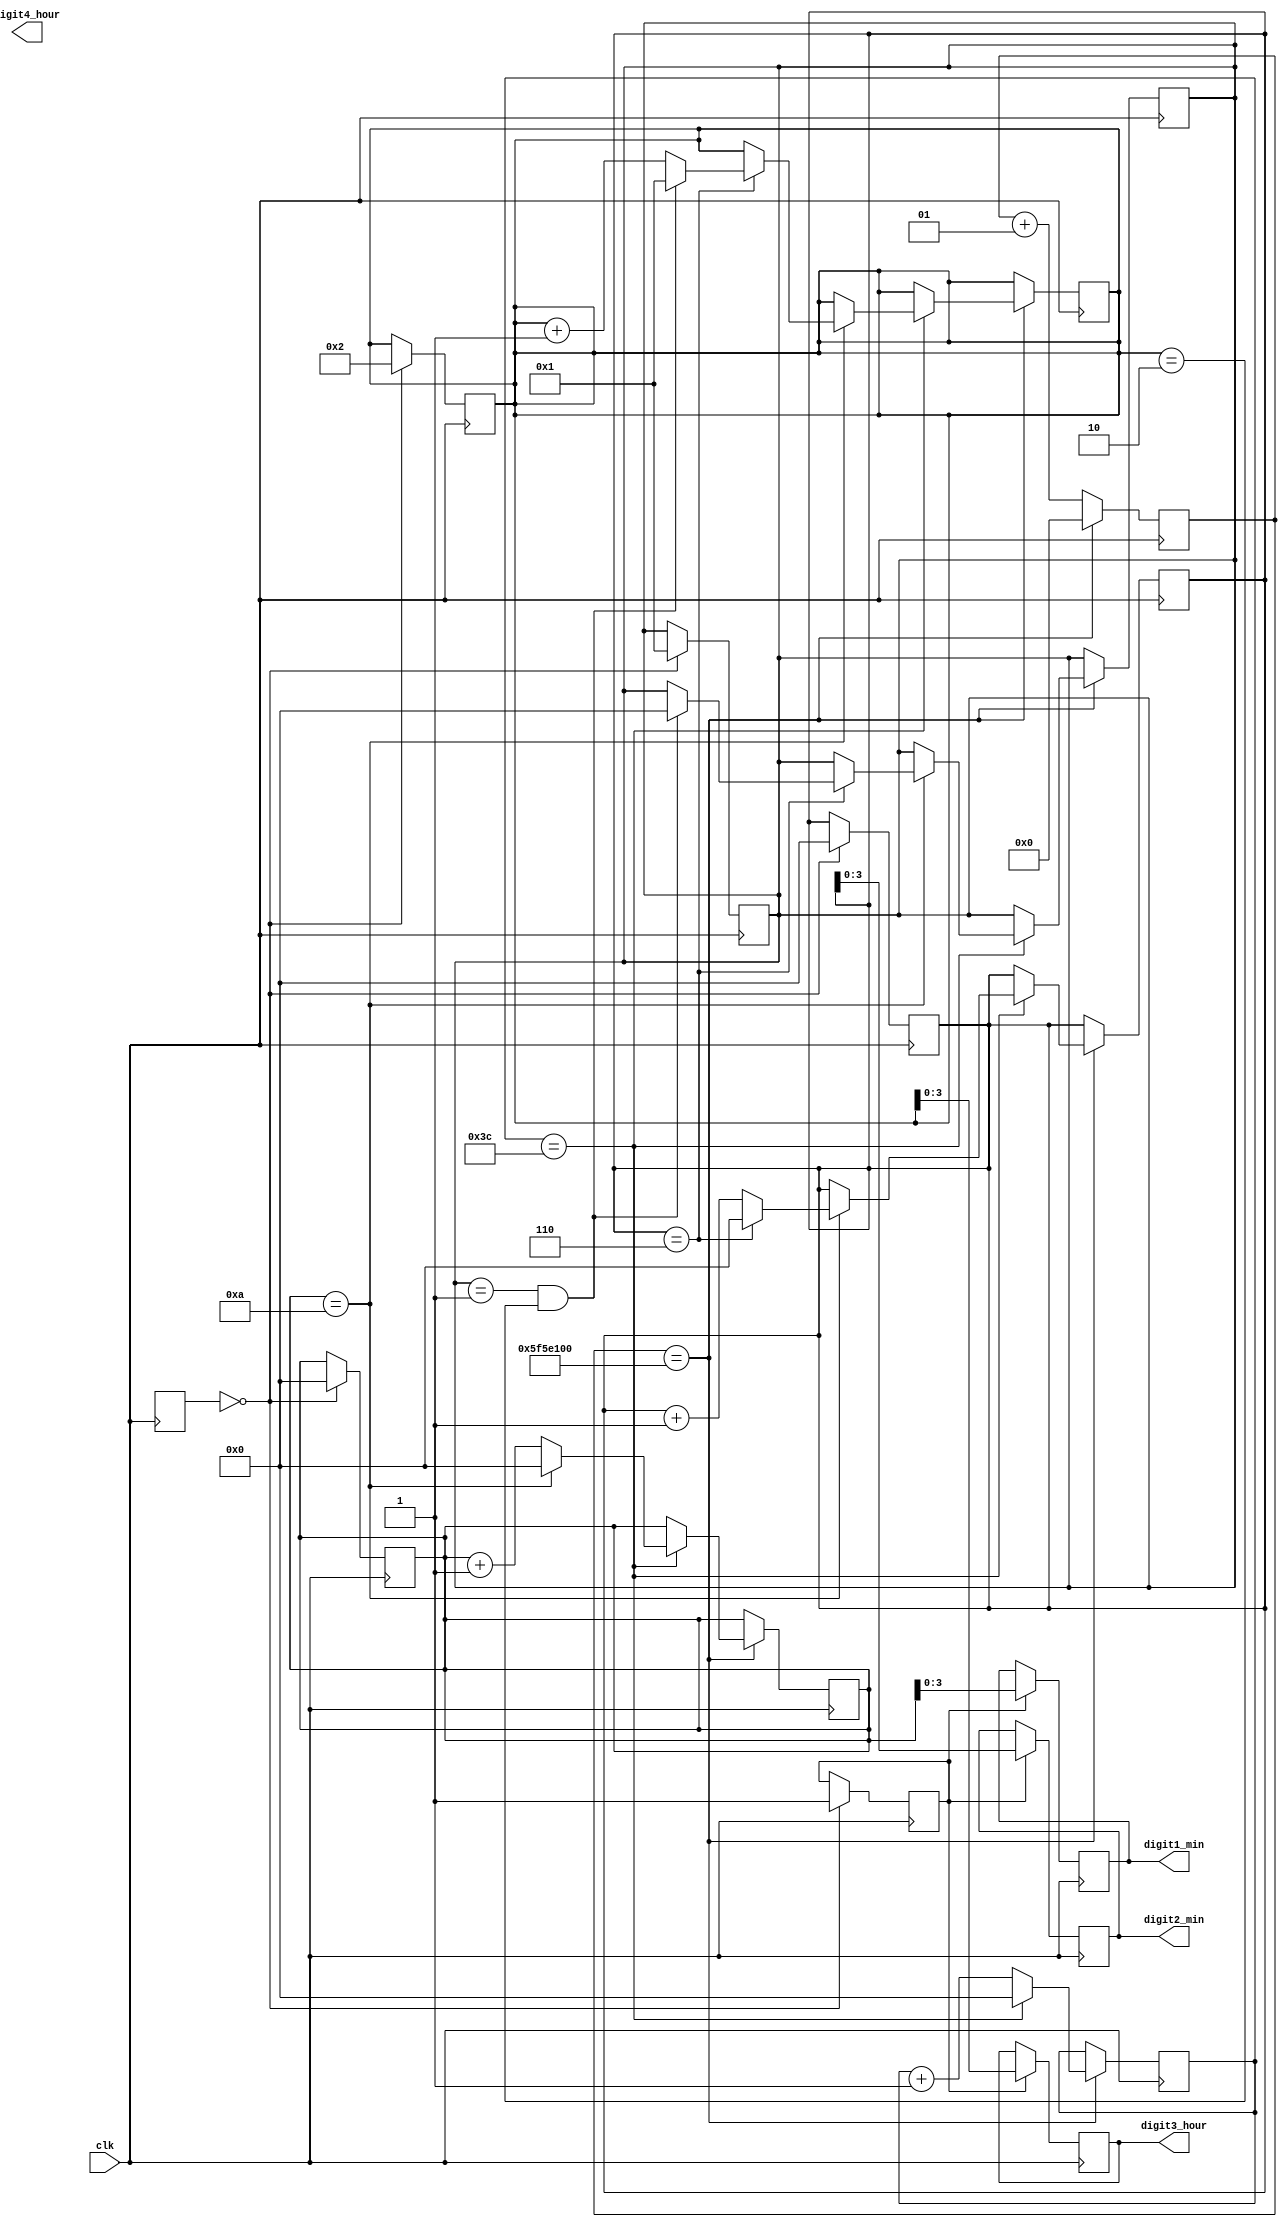
`timescale 1ns / 1ps
//////////////////////////////////////////////////////////////////////////////////
// Company: 
// Engineer: 
// 
// Design Name: 
// Module Name: clk_logic
// Project Name: 
// Target Devices: 
// Tool Versions: 
// Description: 
// 
// Dependencies: 
// 
// Revision:
// Revision 0.01 - File Created
// Additional Comments:
// 
//////////////////////////////////////////////////////////////////////////////////


module clk_logic(
    input clk,
    output reg [3:0] digit1_min,
    output reg [3:0] digit2_min,
    output reg [3:0] digit3_hour,
    output reg [3:0] digit4_hour
    );
    
  reg AM;  
  reg [1:0]state, nextstate;  
  integer count;
  reg [5:0] sec,min,tens,hour_1,hour_2;
    
    //minuts
    always@(posedge clk) begin
    state <= nextstate;
    count <= count +1;
        if(count == 100_000_000) begin
            sec <= sec +1;
            count<=0;
                if(sec == 60) begin
                min <= min +1;
                sec <= 0;
                 if(min ==10) begin
                    tens<=tens+1;
                    min <=0;
                    if(tens ==6) begin
                           tens<= 0;
                           hour_1<= hour_1 +1;
         
                         if (hour_2 ==1 && hour_1==2)begin
                            hour_2 <= 0;   //so it sets 12:00 to 01:00 new hour
                            hour_1 <= 1;   //to reset back to 1 from 12:00  
                            
          end
          end
          end
          end
          end
          
          
          
          if(AM) begin
            digit1_min <= min;
            digit2_min <= tens;
            digit3_hour <= hour_1;
            end
          
          
         
          
          
     end   //always end
                
   always@(posedge clk) begin  
    
    case(state) 
    //am
    2'b00: begin
    AM <= 1'b1;
    min <= 0;
    tens <= 0;
    hour_1 <= 2;    //12:00
    hour_2 <= 1;
  
     
     
       
    end
    
    //10am
    2'b01: begin
    
    end
    
    //pm
    2'b10: begin
    
    end
  
  //10pm
    2'b11: begin
    
    end
      
    

    endcase 
    
   
    end
     
endmodule
              
                
                
                
                
                
                
                
                
                
              
                
//                    if(min ==10) begin
//                    tens<=tens+1;
//                    min <=0;
//                        if(tens ==6) begin
//                           tens<= 0;
//                           hour_1<= hour_1 +1;    
//                                if(hour_1>=10 && hour_1 < 12) begin
//                                hour_1 <= 0;
//                                hour_2 <= 1;
                               
 


//   always@(posedge clk) begin
//    count <= count +1;
//        if(count == 100_000_000) begin
//            sec <= sec +1;
//            count<=0;
//                if(sec == 60) begin
//                min <= min +1;
//                sec <= 0;
          
            
                
                
                
//                    if(min ==10) begin
//                    tens<=tens+1;
//                    min <=0;
//                        if(tens ==6) begin
//                           tens<= 0;
//                           hour_1<= hour_1 +1;    
//                                if(hour_1>=10 && hour_1 < 12) begin
//                                hour_1 <= 0;
//                                hour_2 <= 1;
                                
//          end
//          end
//          end
//          end 
//          end 
          
//          if(hour_2 ==1) begin
//          hour_1 <= hour_1 +1;
//          if(hour_1 ==2) begin
//          hour_2<= 0;
//          hour_1<= hour_1 +1;  //nneeds work
//          end
//          end